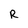
Character: R